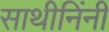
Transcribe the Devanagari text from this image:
साथीनिंनी